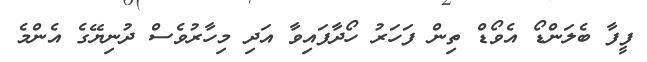
ފީފާ ބެލަންޑޯ އެވޯޑް ތިން ފަހަރު ހޯދާފައިވާ އަދި މިހާރުވެސް ދުނިޔޭގެ އެންމެ